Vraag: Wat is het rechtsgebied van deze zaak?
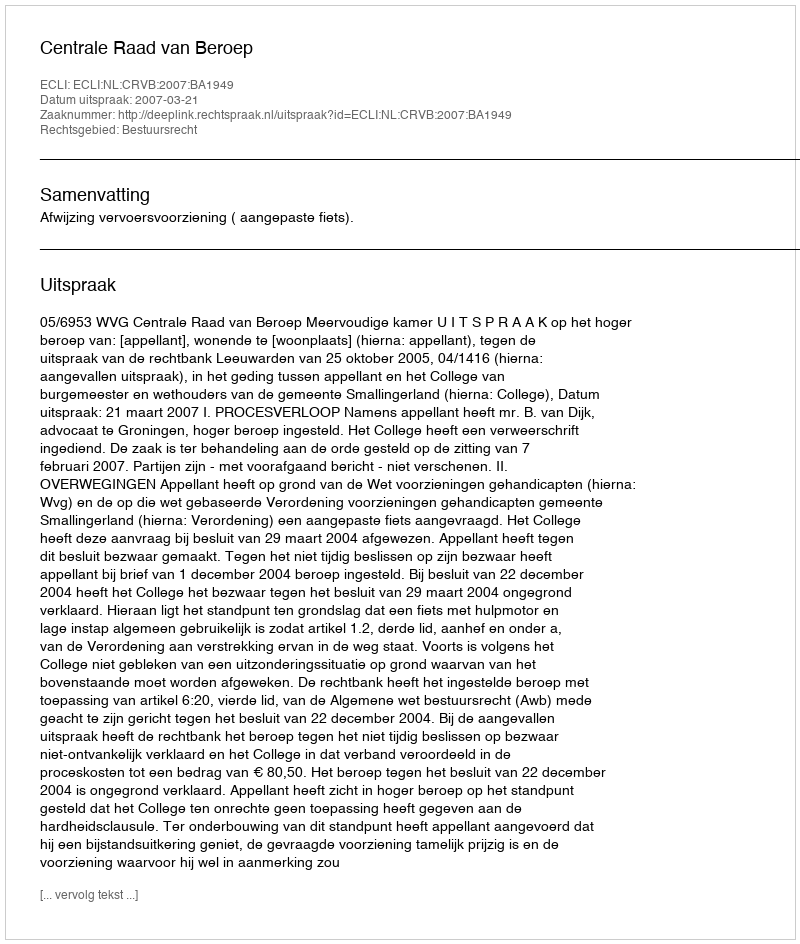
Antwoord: Bestuursrecht